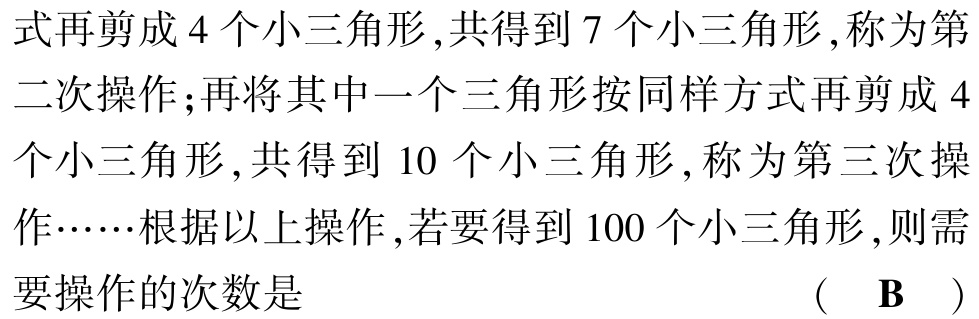
式再剪成 4 个小三角形,共得到 7 个小三角形,称为第二次操作;再将其中一个三角形按同样方式再剪成 4 个小三角形,共得到 10 个小三角形,称为第三次操作……根据以上操作,若要得到 100 个小三角形,则需要操作的次数是  （ B ）